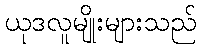
ယုဒလူမျိုးများသည်